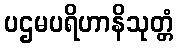
ပဌမပရိဟာနိသုတ္တံ